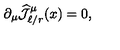
\partial _ { \mu } \widehat { { \mathcal J } } _ { \ell / r } ^ { \mu } ( x ) = 0 ,